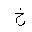
Letter: _kha